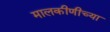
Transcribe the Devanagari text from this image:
मालकीणीच्या